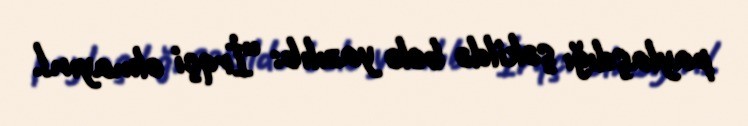
paylaşdığı şəkildə belə yazılıb: “İrqçi olmayın!.